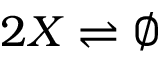
2 X \rightleftharpoons \emptyset